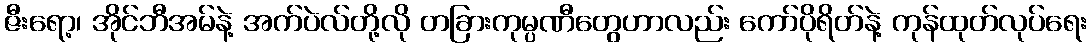
ဇီးရော့၊ အိုင်ဘီအမ်နဲ့ အက်ပဲလ်တို့လို တခြားကုမ္ပဏီတွေဟာလည်း ကော်ပိုရိတ်နဲ့ ကုန်ထုတ်လုပ်ရေး